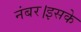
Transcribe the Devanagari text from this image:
नंबर।इसके